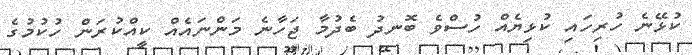
ކުޅޭނެ ހުރިހައި ކުޅިޔެއް ހުސްވެ ބޮނދު ބެދުމާ ޖަހާނެ މަންނައެއް ކީއްކުރަން ހުކުމުގެ